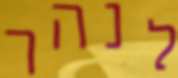
לנהר